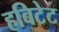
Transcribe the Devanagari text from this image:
हबिटेट